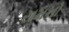
રામનો